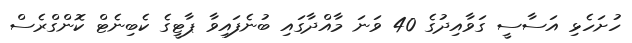
ހުށަހެޅި އަސާސީ ގަވާއިދުގެ 40 ވަނަ މާއްދާގައި ބުނެފައިވާ ޕާޓީގެ ކެބިނެޓް ކޮންގްރެސް